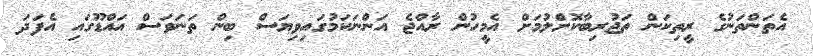
އެތަންތަނުގެ ރީތިކަން ތަޖުރިބާކޮށްލުމަށް އެމީހުން ރާއްޖެ އަންނަކަމުގައިވިޔަސް ބިން ތަނަވަސް އައްޑޫގައި އެފަދަ